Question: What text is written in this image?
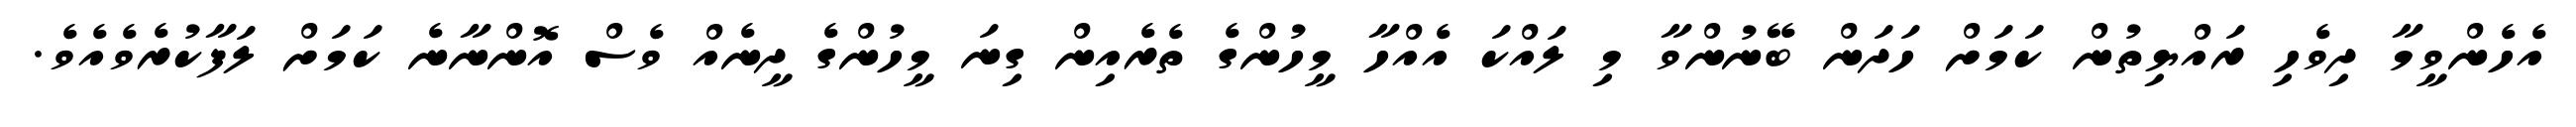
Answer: އެހެންވީމާ ދިވެހި ރައްޔިތުން ކަމަށް ހަދަން ބޭނުންވާ މި ލައްކަ އެއްހާ މީހުންގެ ތެރެއިން ގިނަ މީހުންގެ ދީނެއް ވެސް އޮންނާނެ ކަމަށް ލަފާކުރެވެއެވެ.